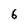
Character: 6